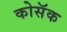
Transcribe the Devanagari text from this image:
कोसॅक